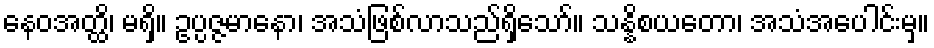
နေဝအတ္ထိ၊ မရှိ။ ဥပ္ပဇ္ဇမာနော၊ အသံဖြစ်လာသည်ရှိသော်။ သန္နိစယတော၊ အသံအပေါင်းမှ။